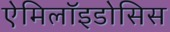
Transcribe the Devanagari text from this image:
ऐमिलॉइडोसिस